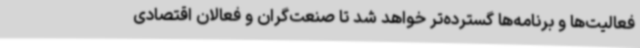
فعالیت‌ها و برنامه‌ها گسترده‌تر خواهد شد تا صنعت‌گران و فعالان اقتصادی